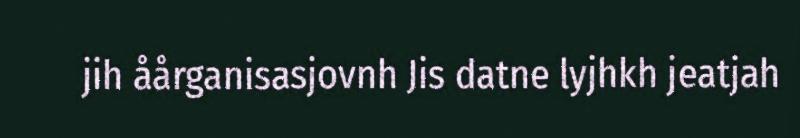
jih åårganisasjovnh Jis datne lyjhkh jeatjah